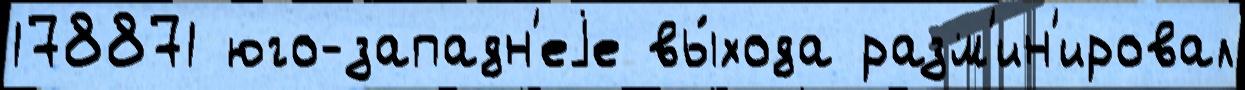
178871 юго-западн'еjе вы́хода разм'ин'ировал